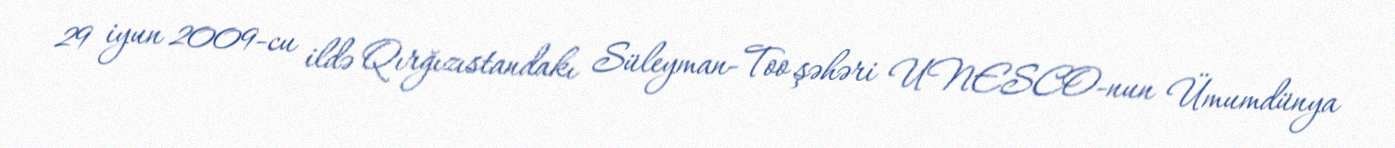
29 iyun 2009-cu ildə Qırğızıstandakı Süleyman-Too şəhəri UNESCO-nun Ümumdünya